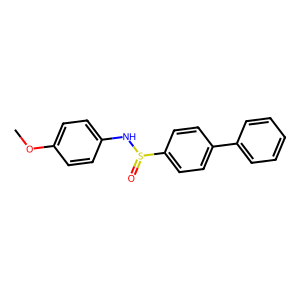
SMILES: COc1ccc(NS(=O)c2ccc(-c3ccccc3)cc2)cc1
Inhibits HIV replication: No